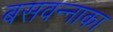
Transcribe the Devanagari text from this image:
बसवन्नाका